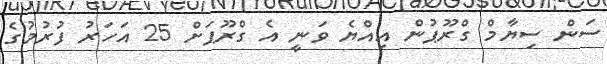
ސަން ސިިޔާމް ގްރޫޕުން އިއްޔެ ވަނީ އެ ގްރޫޕަށް 25 އަހަރު ފުރުމުގެ